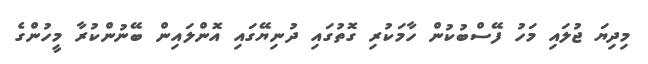
މިދިޔަ ޖުލައި މަހު ފޭސްބުކުން ހާމަކުރި ގޮތުގައި ދުނިޔޭގައި އޮންލައިން ބޭނުންކުރާ މީހުންގެ